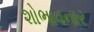
શોભાવનાર